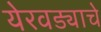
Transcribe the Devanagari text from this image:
येरवड्याचे